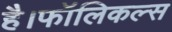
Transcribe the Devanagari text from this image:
है।फॉलिकल्स